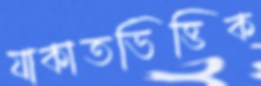
যাকাতভিত্তিক